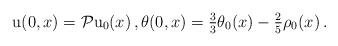
LaTeX: \begin{align*} \mathrm{u}(0,x)= \mathcal{P}\mathrm{u}_0(x)\,, \theta(0,x)= \tfrac{3}{3}\theta_0(x)-\tfrac{2}{5}\rho_0(x)\,.\end{align*}